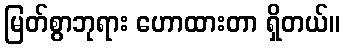
မြတ်စွာဘုရား ဟောထားတာ ရှိတယ်။